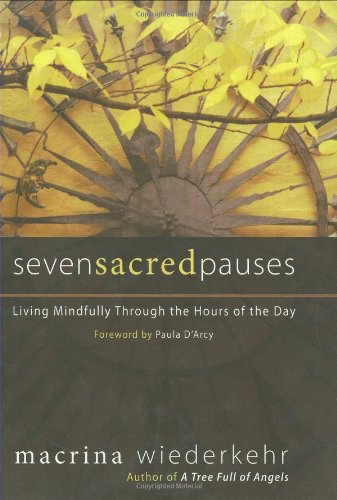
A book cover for Seven Sacred Pauses: Living Mindfully Through the Hours of the Day; Macrina Wiederkehr; Religion & Spirituality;